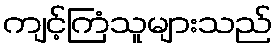
ကျင့်ကြံသူများသည်